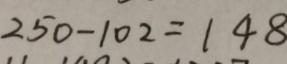
2 5 0 - 1 0 2 = 1 4 8